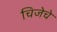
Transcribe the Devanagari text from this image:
चिजेचे